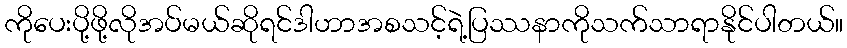
ကိုပေးပို့ဖို့လိုအပ်မယ်ဆိုရင်ဒါဟာအစသင့်ရဲ့ပြဿနာကိုသက်သာရာနိုင်ပါတယ်။